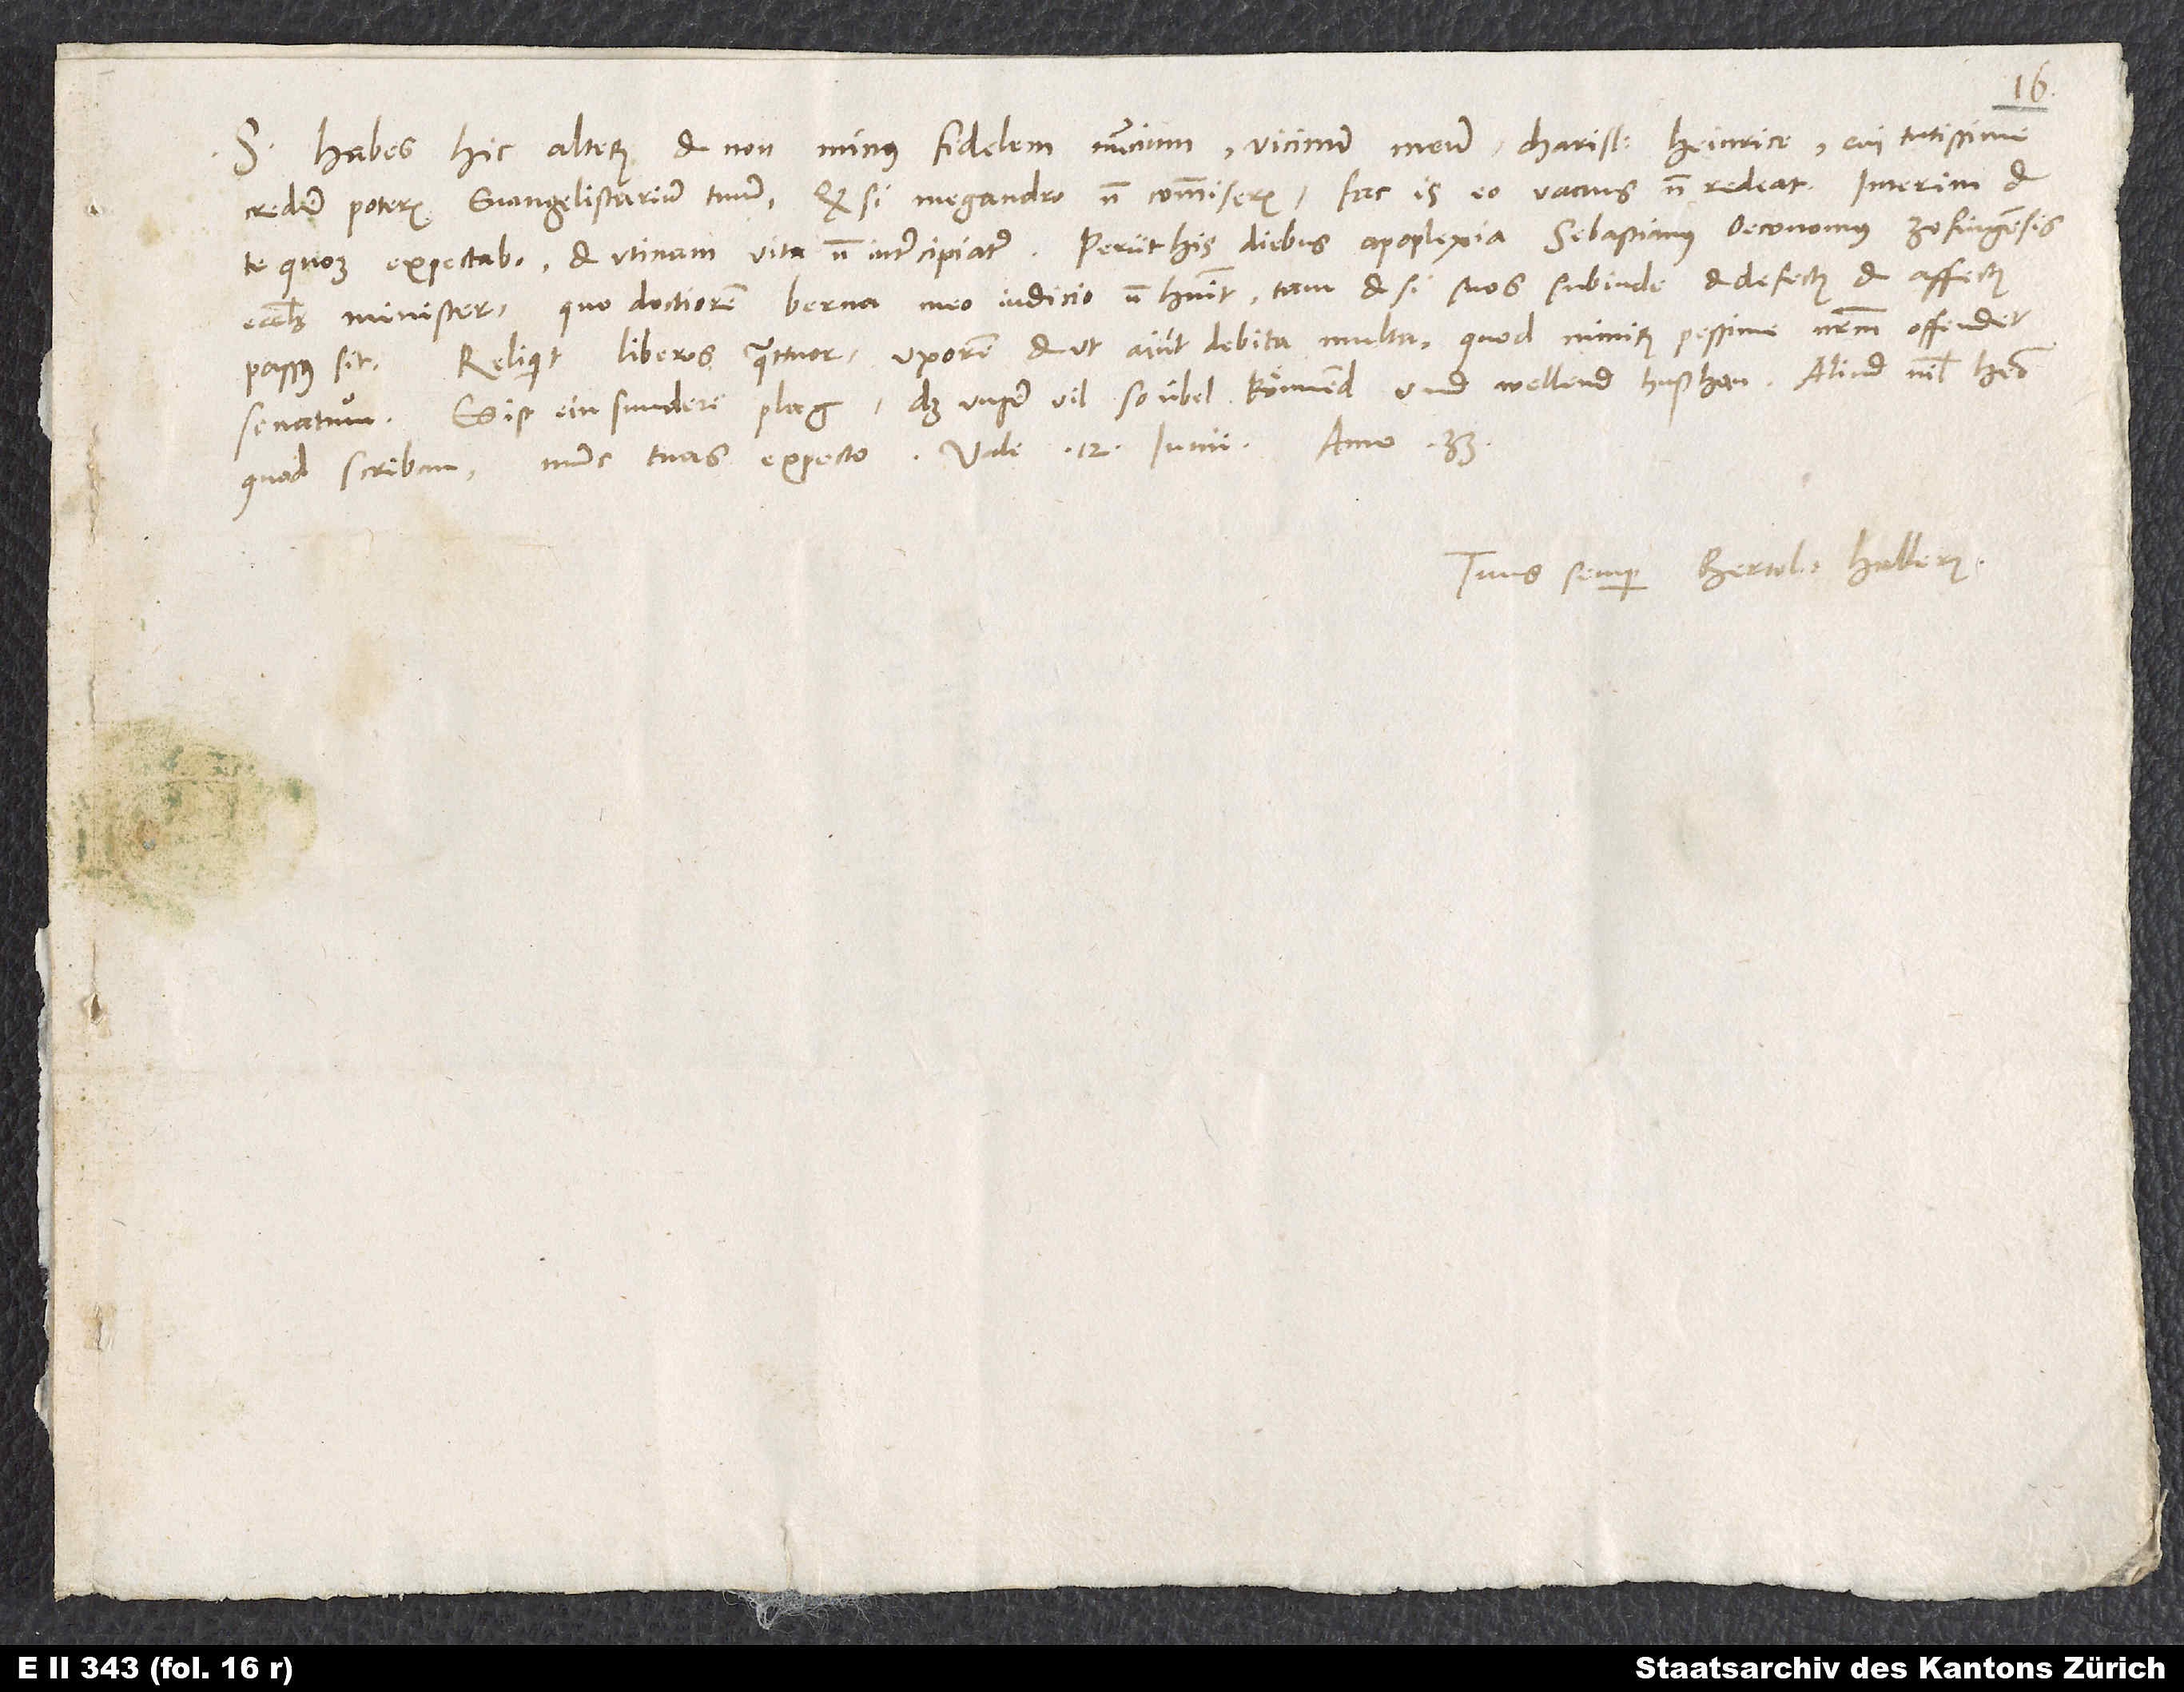
S. Habes hic alterum et non minus fidelem nuncium, vicinum meum, charissime Heinrice, cui tutissime
credere poteris evangelistarium tuum. Quod si Megandro non commiseris, fac is eo vacuus non redeat. Interim et
ecclesię minister, quo doctiorem Berna meo iudicio non habuit, tametsi suos subinde et defectus et affectus
passus sit. Reliquit liberos quattuor, uxorem et, ut aiunt, debita multa, quod nimirum pessime nostrum offendet
senatum. Es ist ein sundere plag, daß unser vil so übel könnend und wellend hußhan.
Tuus semper Bertol. Hallerus.